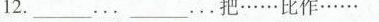
12._____..._____...把……比作……